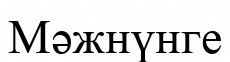
Мәжнүнге